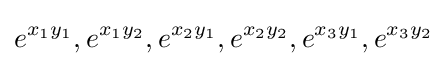
e^{x_{1}y_{1}},e^{x_{1}y_{2}},e^{x_{2}y_{1}},e^{x_{2}y_{2}},e^{x_{3}y_{1}},e^{x_{3}y_{2}}